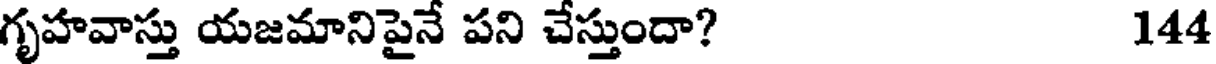
గృహవాస్తు యజమానిపైనే పని చేస్తుందా? 144